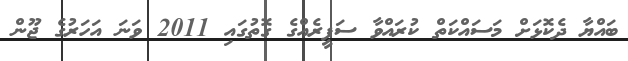
ބައްޔާ ދެކޮޅަށް މަސައްކަތް ކުރައްވާ ސަފީރެއްގެ ގޮތުގައި 2011 ވަނަ އަހަރުގެ ޖޫން